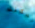
يمكنك